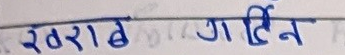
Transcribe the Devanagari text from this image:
खर्राद गादिन